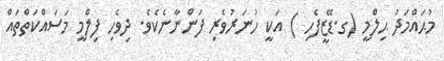
މުޙައްމަދު ޙިލްމީ (ގ.ޑޭޒީފެހި ) އަކީ ހުނަރުވެރި ފަންނާނެކެވެ. ދިވެހި ފިލްމީ މަސައްކަތްތައް